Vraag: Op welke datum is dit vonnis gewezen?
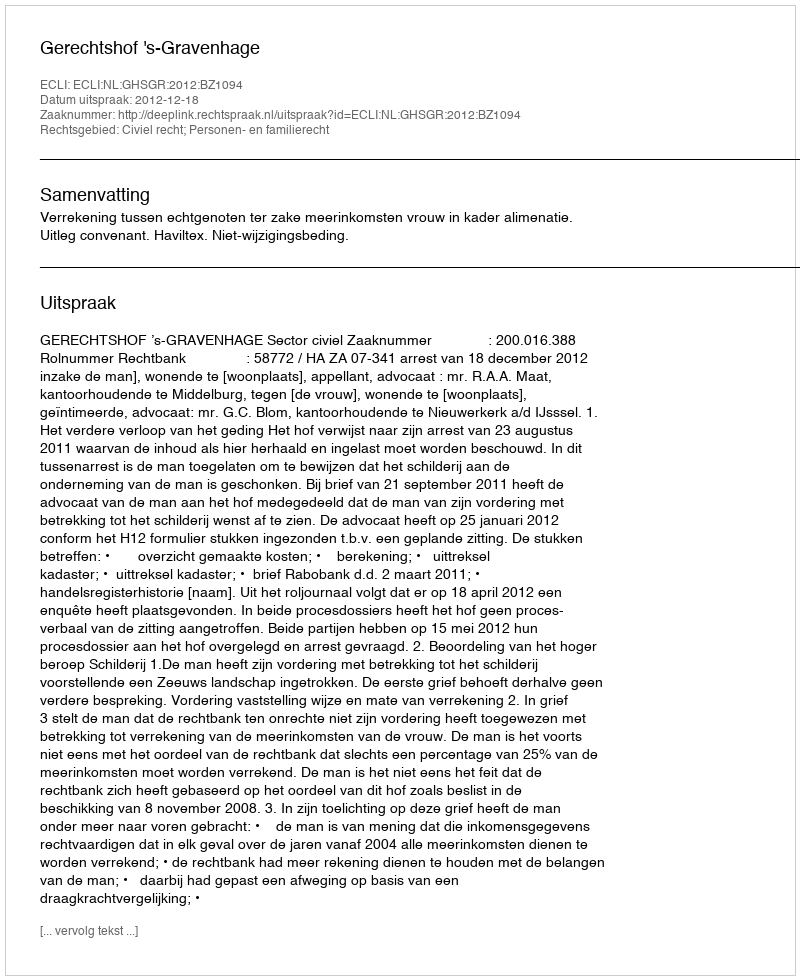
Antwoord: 2012-12-18